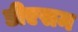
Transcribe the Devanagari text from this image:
डीएसम